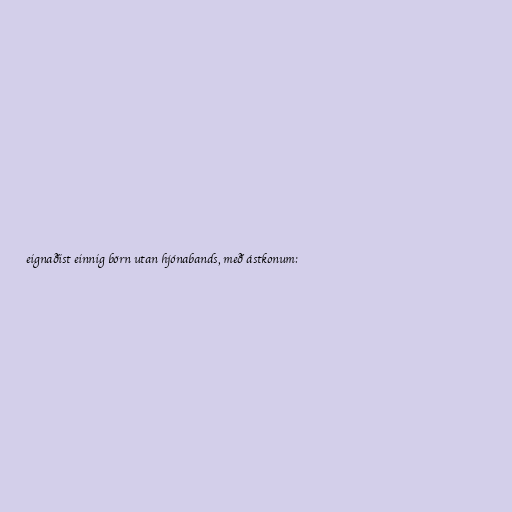
eignaðist einnig börn utan hjónabands, með ástkonum: